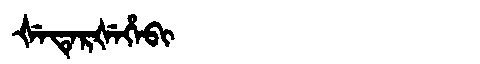
Manchu: ᡧᡝᡨᡝᡵᡧᡝᡥᡝᠪᡳ
Romanization: ŠETERŠEHEBI